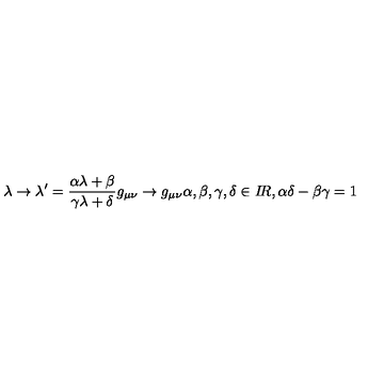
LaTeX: \lambda \rightarrow \lambda ^ { \prime } = \frac { \alpha \lambda + \beta } { \gamma \lambda + \delta } g _ { \mu \nu } \rightarrow g _ { \mu \nu } \alpha , \beta , \gamma , \delta \in I \! R , \alpha \delta - \beta \gamma = 1